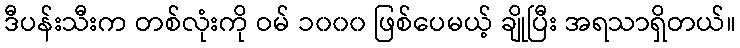
ဒီပန်းသီးက တစ်လုံးကို ဝမ် ၁၀၀၀ ဖြစ်ပေမယ့် ချိုပြီး အရသာရှိတယ်။